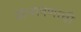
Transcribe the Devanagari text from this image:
संभाषणाची